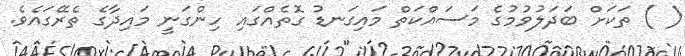
( ) ތަކަށް ބަދަލުވުމުގެ މަސައްކަތް މައިގަނޑު ގޮތެއްގައި ހިންގަނީ މައިދާގެ ތެރޭގައެވެ.